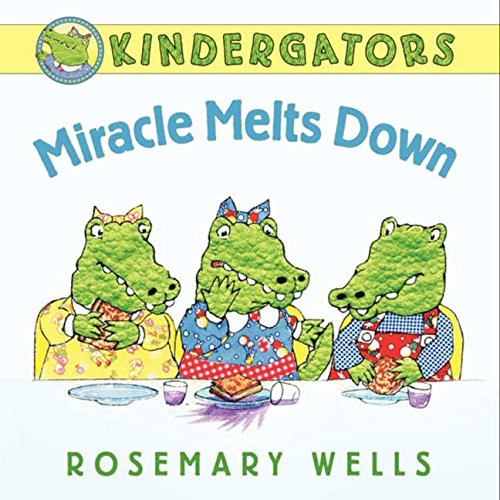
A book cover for Kindergators: Miracle Melts Down; Rosemary Wells; Children's Books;